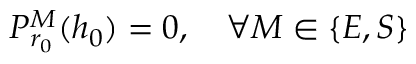
\displaystyle { \cal P } _ { r _ { 0 } } ^ { M } ( h _ { 0 } ) = 0 , \quad \forall M \in \{ E , S \}